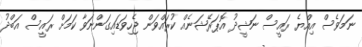
ނަމަވެސް އިއްޔެ ރައީސް ނަޝީދު އޮޕަރޭޝަނެއް ކުރައްވަން ޖެހިވަޑައިގަންނަވާ ކަމަށް ރައީސް އަބްދު